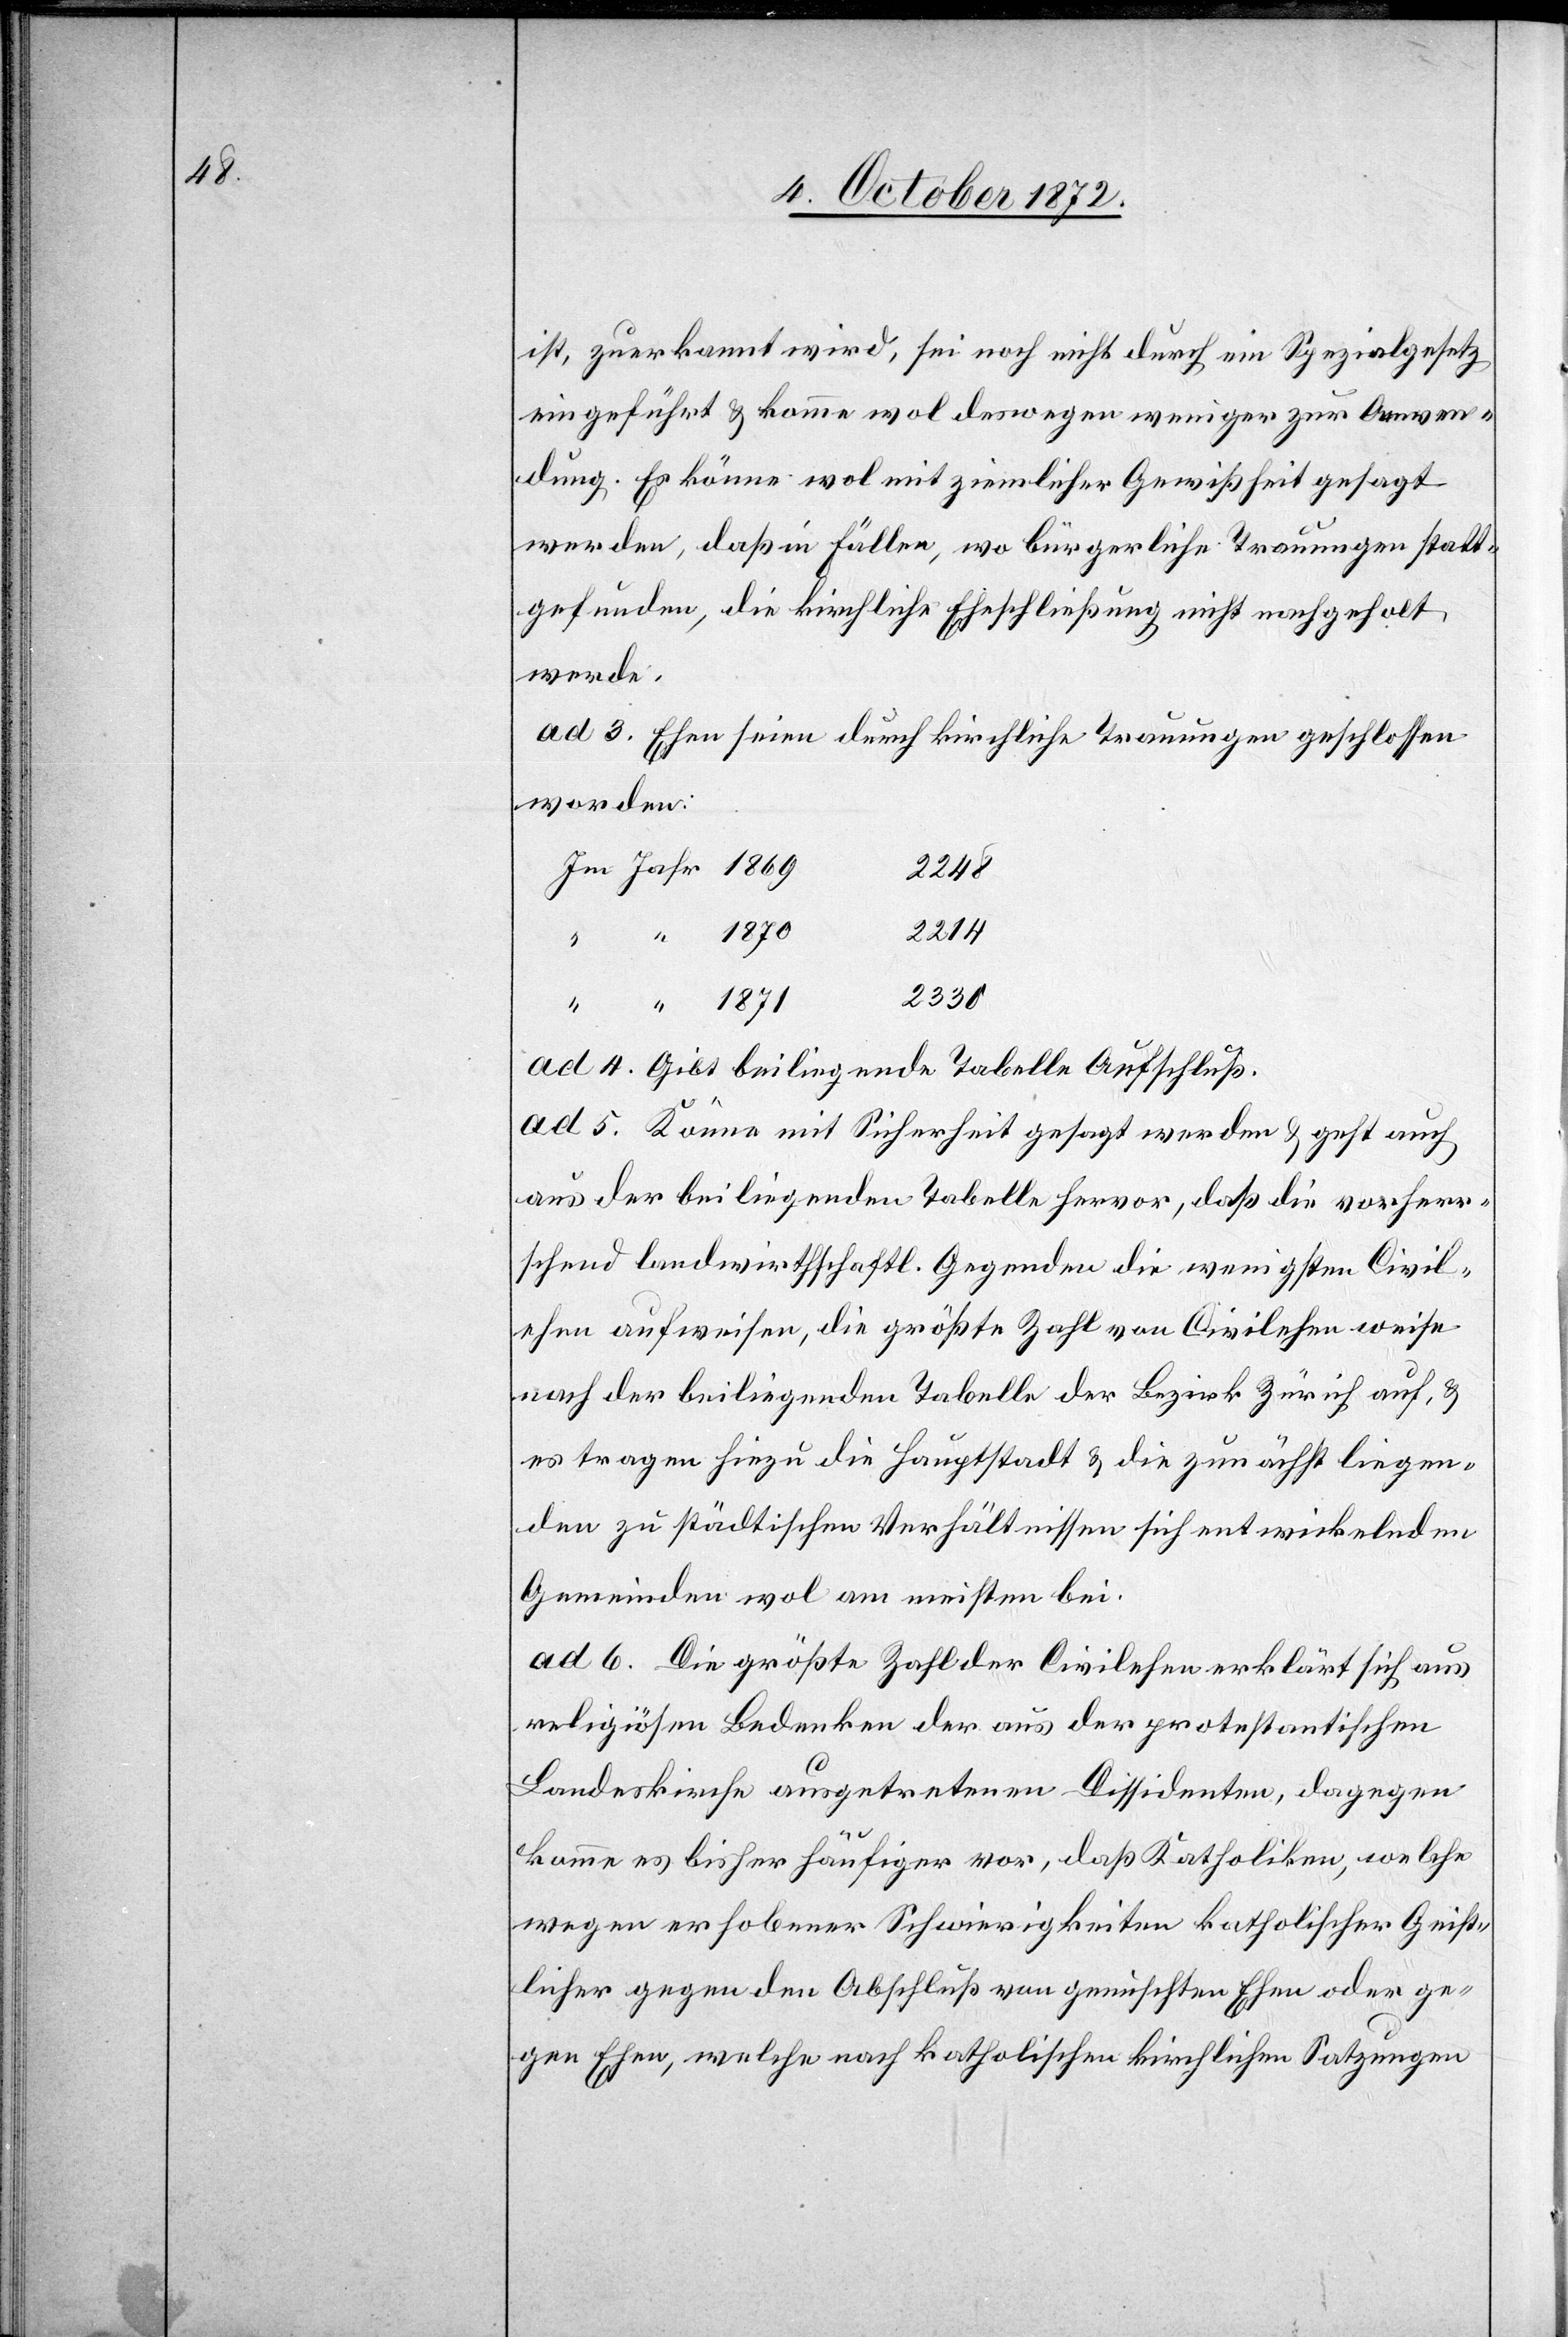
ist, zuerkannt wird, sei noch nicht durch ein Spezialgesetz
eingeführt u. komme wol deswegen weniger zur Anwen¬
dung. Es könne wol mit ziemlicher Gewißheit gesagt
werden, daß in Fällen, wo bürgerliche Trauungen statt¬
gefunden, die kirchliche Eheschließung nicht nachgeholt
werde.
ad 3. Ehen seien durch kirchliche Trauungen geschlossen
worden:
1870
2214
“
2330
ad 4. Gibt beiliegende Tabelle Aufschluß.
ad 5. Könne mit Sicherheit gesagt werden u. geht auch
aus der beiliegenden Tabelle hervor, daß die vorherr¬
schend landwirthschaftl. Gegenden die wenigsten Civil¬
ehen aufweisen, die größte Zahl von Civilehen weise
nach der beiliegenden Tabelle der Bezirk Zürich auf, u.
es tragen hiezu die Hauptstadt u. die zunächst liegen¬
den zu städtischen Verhältnissen sich entwickelnden
Gemeinden wol am meisten bei.
ad 6. Die größte Zahl der Civilehen erklärt sich aus
religiösen Bedenken der aus der protestantischen
Landeskirche ausgetretenen Dissidenten, dagegen
komme es bisher häufiger vor, daß Katholiken, welche
wegen erhobener Schwierigkeiten katholischer Geist¬
licher gegen den Abschluß von gemischten Ehen oder ge¬
gen Ehen, welche nach katholischen kirchlichen Satzungen